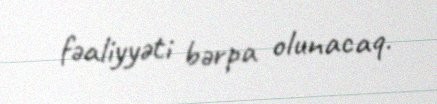
fəaliyyəti bərpa olunacaq.